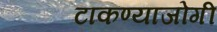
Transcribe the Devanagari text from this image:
टाकण्याजोगी